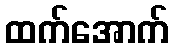
ထက်အောက်